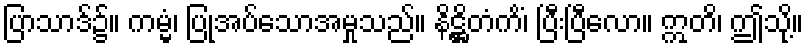
ပြာသာဒ်၌။ ကမ္မံ၊ ပြုအပ်သောအမှုသည်။ နိဋ္ဌိတံကိံ၊ ပြီးပြီလော။ ဣတိ၊ ဤသို့။